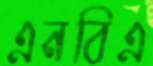
এনবিএ